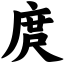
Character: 庹